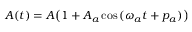
A ( t ) = A { \bigl ( } 1 + A _ { a } \cos \, ( \omega _ { a } t + p _ { a } ) { \bigr ) }